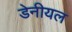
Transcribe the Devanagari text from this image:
डेनीयल